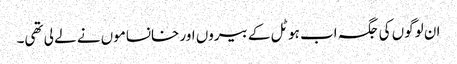
ان لوگوں کی جگہ اب ہوٹل کے بیروں اور خانساموں نے لے لی تھی۔